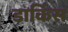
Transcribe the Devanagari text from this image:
डाकिंस